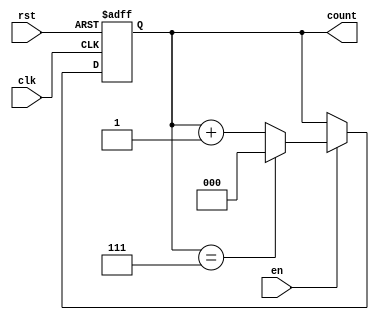
module modulus_counter #(
    parameter N = 8 // Default modulus value (can be changed)
)(
    input wire clk,       // Clock signal
    input wire rst,       // Asynchronous reset signal
    input wire en,        // Enable signal
    output reg [$clog2(N)-1:0] count // Current count value
);

// Always block triggered on the rising edge of the clock or reset
always @(posedge clk or posedge rst) begin
    if (rst) begin
        count <= 0; // Reset the counter to 0
    end else if (en) begin
        if (count == N-1) begin
            count <= 0; // Reset to 0 when reaching modulus
        end else begin
            count <= count + 1; // Increment the counter
        end
    end
end

endmodule